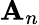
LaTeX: \mathbf{A}_{n}